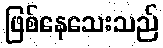
ဖြစ်နေသေးသည်